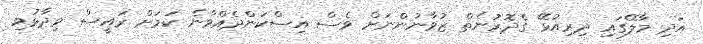
އަދި މާލޭގައި ދިރިއުޅޭ ގެދޮރުނެތް ޒުވާނުންނަށް ވެސް އިސްކަންދެއްވާނެ ކަމަށް ރައީސް ވިދާޅުވި